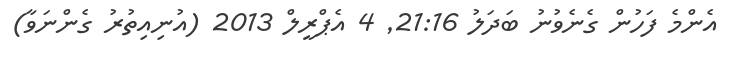
އެންމެ ފަހުން ގެނެވުނު ބަދަލު 21:16